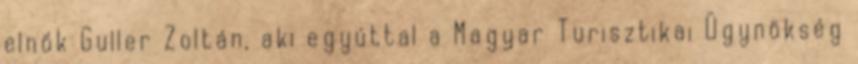
elnök Guller Zoltán, aki egyúttal a Magyar Turisztikai Ügynökség